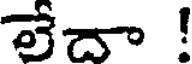
లేదా !